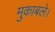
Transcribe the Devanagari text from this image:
मुकाबले।